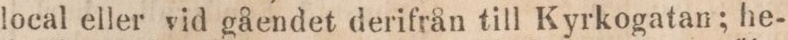
local eller vid gåendet derifrån till Kyrkogatan; he-